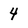
Character: 4